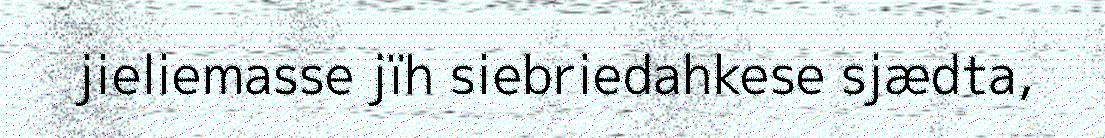
jieliemasse jïh siebriedahkese sjædta,